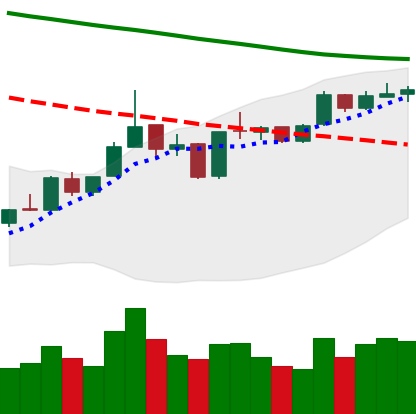
Ticker: ETH-USD
Chart end date: 2019-01-06
Forward return: -19.143%
Label: down_7plus